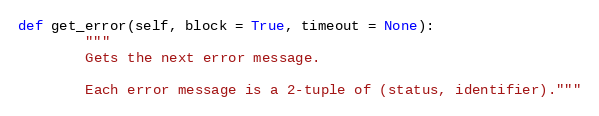
Language: Python
def get_error(self, block = True, timeout = None):
		"""
		Gets the next error message.

		Each error message is a 2-tuple of (status, identifier)."""